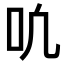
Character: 𫩓